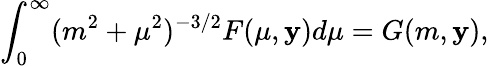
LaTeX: \int_{0}^{\infty}(m^{2}+\mu^{2})^{-3/2}F(\mu,\mathbf{y})d\mu=G(m,\mathbf{y}),